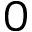
0